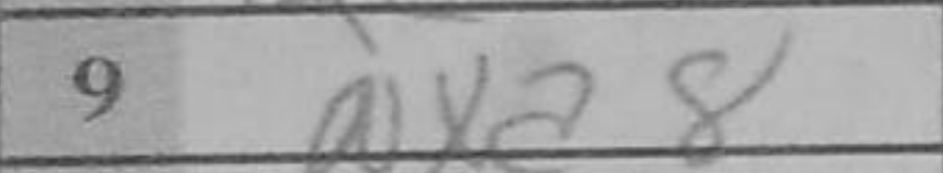
Transcription: Nxa8